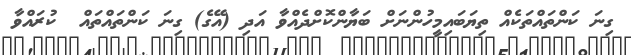
ގިނަ ކަންތައްތަކެއް ތިޔަބައިމީހުންނަށް ބަޔާންކޮށްދެއްވާ އަދި (އޭގެ) ގިނަ ކަންތައްތައް  ކުރައްވާ